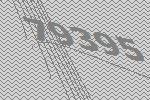
79395